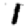
Digit: 1